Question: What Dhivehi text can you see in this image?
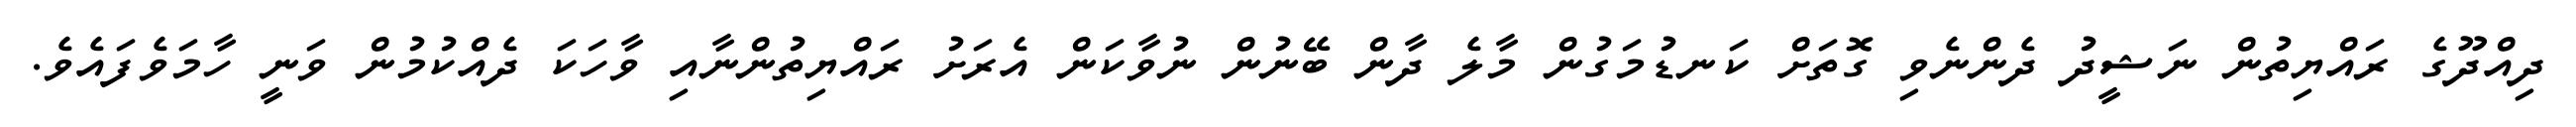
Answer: ދިއްދޫގެ ރައްޔިތުން ނަޝީދު ދެންނެވި ގޮތަށް ކަނޑުމަގުން މާލެ ދާން ބޭނުން ނުވާކަން އެރަށު ރައްޔިތުންނާއި ވާހަކަ ދެއްކުމުން ވަނީ ހާމަވެފައެވެ.